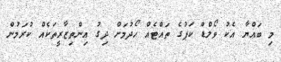
މި ބައްޔާ އެކު ވޯލްޑް ކަޕުގެ ތައްޓެއް ހޯދުމަށް ދިގު އިންތިޒާރީތަކެއް ކުރަމުން